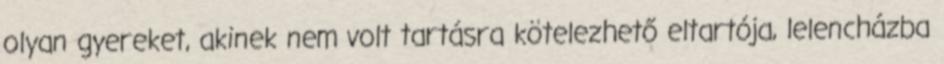
olyan gyereket, akinek nem volt tartásra kötelezhető eltartója, lelencházba